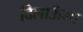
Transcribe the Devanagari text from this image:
दिलाऊँगा